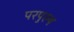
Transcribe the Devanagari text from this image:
परपुरुष